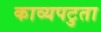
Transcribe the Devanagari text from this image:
काव्यपटुता